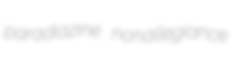
paradiazine nonallegiance